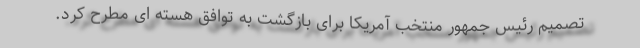
تصمیم رئیس جمهور منتخب آمریکا برای بازگشت به توافق هسته ای مطرح کرد.